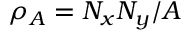
\rho _ { A } = N _ { x } N _ { y } / A